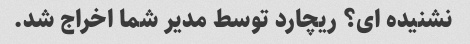
نشنیده ای؟ ریچارد توسط مدیر شما اخراج شد.